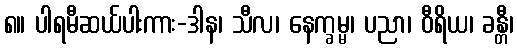
၈။ ပါရမီဆယ်ပါးကား-ဒါန၊ သီလ၊ နေက္ခမ္မ၊ ပညာ၊ ဝီရိယ၊ ခန္တီ၊